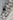
يا